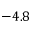
- 4 . 8